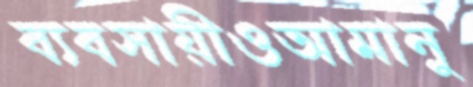
ব্যবসায়ীওআমানু